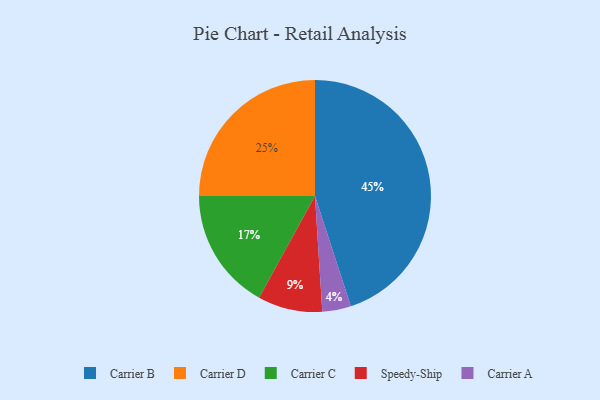
{"axis": {"x": "Category", "y": "Percentage"}, "legend": ["Carrier A", "Carrier B", "Carrier C", "Carrier D", "Speedy-Ship"], "data": [{"x": "Speedy-Ship", "y": 9, "type": "Speedy-Ship"}, {"x": "Carrier A", "y": 4, "type": "Carrier A"}, {"x": "Carrier B", "y": 45, "type": "Carrier B"}, {"x": "Carrier D", "y": 25, "type": "Carrier D"}, {"x": "Carrier C", "y": 17, "type": "Carrier C"}]}